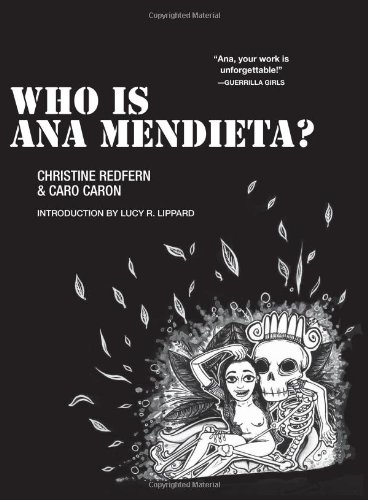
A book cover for Who is Ana Mendieta? (Blindspot Graphics); Christine Redfern; Comics & Graphic Novels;